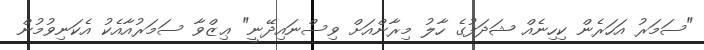
"ސަމަރު އަހަރެން ކިހިނެއް ޝަދަފުގެ ހާލު މިރާންއަށް ވިސްނައިދޭނީ" ޢިޒްވާ ސަމަރުއާއެކު އެކަނިވުމުން